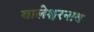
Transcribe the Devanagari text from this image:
बालेश्वरनाथ